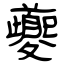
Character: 夔